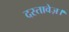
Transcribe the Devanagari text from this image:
दस्तावेज़।